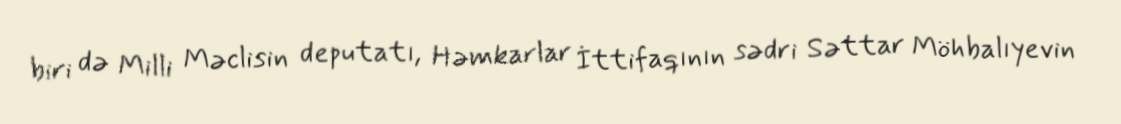
biri də Milli Məclisin deputatı, Həmkarlar İttifaqının sədri Səttar Möhbalıyevin